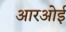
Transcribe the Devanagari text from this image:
आरओई